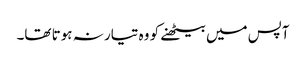
آپس میں بیٹھنے کو وہ تیار نہ ہوتا تھا۔